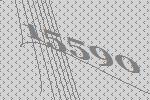
15590